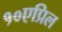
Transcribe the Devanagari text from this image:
१०एप्रिल